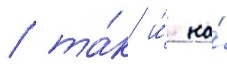
/ та́к и́ на́